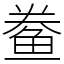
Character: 鲞